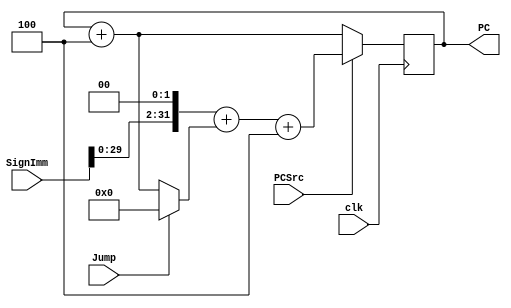
module PC (PC, Jump, SignImm, clk, PCSrc);
input clk;
input PCSrc;
input Jump;
input[31:0] SignImm;
output reg[31:0] PC;

wire[31:0] PCBranch;
assign PCBranch = (SignImm << 2) + (Jump ? 0 : PC + 4);

initial begin
    PC = 32'd0;
end 

always @(posedge clk) begin
    if (PCSrc == 1'd1) begin
        PC = PCBranch + 32'd4;
    end
    else begin
        PC = PC + 32'd4;
    end
end

endmodule